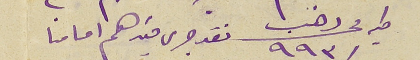
طيه محرر ذهب ٩٩٣ نقد جرى قيدهم امامنا